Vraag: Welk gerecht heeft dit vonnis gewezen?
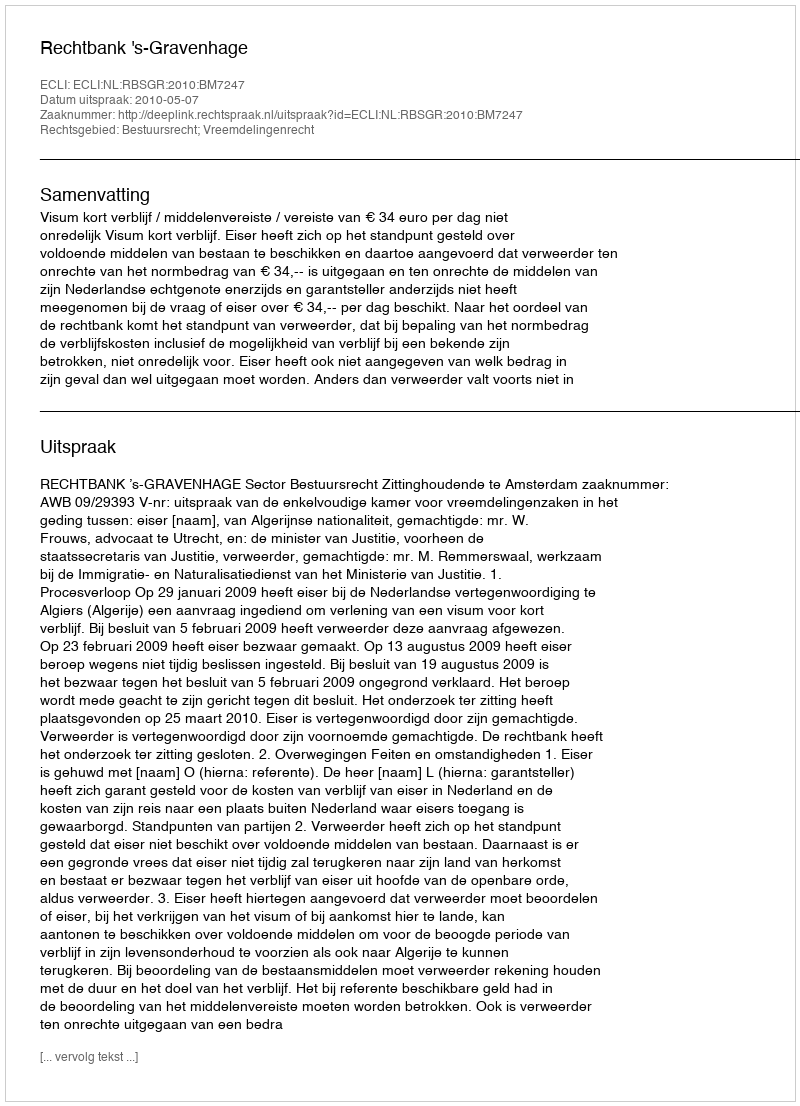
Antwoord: Rechtbank 's-Gravenhage